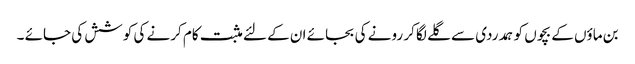
بن ماؤں کے بچوں کو ہمدردی سے گلے لگا کر رونے کی بجائے ان کے لئے مثبت کام کرنے کی کوشش کی جائے ۔